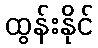
ထွန်းနိုင်